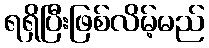
ရရှိပြီးဖြစ်လိမ့်မည်